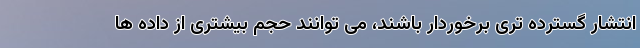
انتشار گسترده تری برخوردار باشند، می توانند حجم بیشتری از داده ها